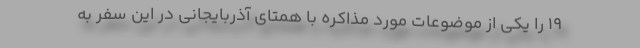
19 را یکی از موضوعات مورد مذاکره با همتای آذربایجانی در این سفر به